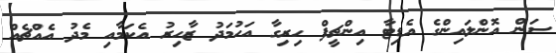
ސަން އޮންލައިންގެ އެޑިޓާ އިންޗީފް ހިރިގާ އަހުމަދު ޒާހިރު އެކަމާއި މެދު އެއްޗެއް